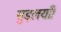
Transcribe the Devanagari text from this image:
सुइलयाँ।